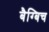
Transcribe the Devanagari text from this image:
बैग्बिच